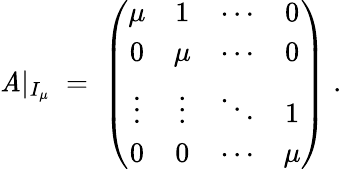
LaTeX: \mathit{A}|_{I_{\mu}}\; =\; \left(\begin{array}{cccc}{{\mu}}&{{1}}&{{\cdots}}&{{0}}\\ {{0}}&{{\mu}}&{{\cdots}}&{{0}}\\ {{\vdots}}&{{\vdots}}&{{\ddots}}&{{1}}\\ {{0}}&{{0}}&{{\cdots}}&{{\mu}}\end{array}\right)\; .